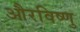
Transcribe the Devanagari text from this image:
औरविष्णु